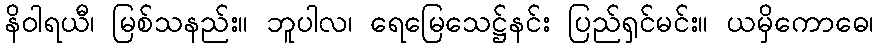
နိဝါရယီ၊ မြစ်သနည်း။ ဘူပါလ၊ ရေမြေသေဋ္ဌ်နင်း ပြည်ရှင်မင်း။ ယမှိကောဓေ၊